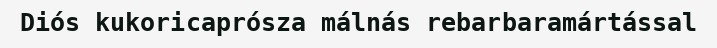
Diós kukoricaprósza málnás rebarbaramártással